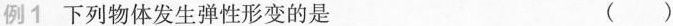
例1 下列物体发生弹性形变的是 ( )